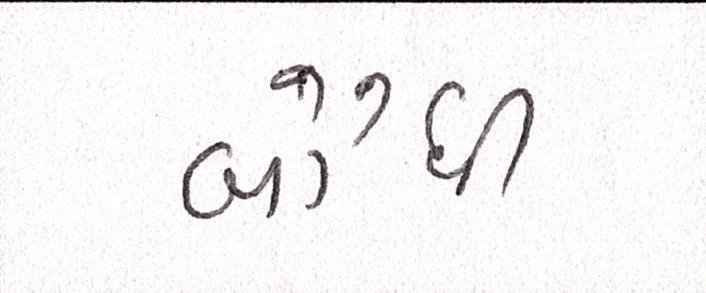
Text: બૌધી